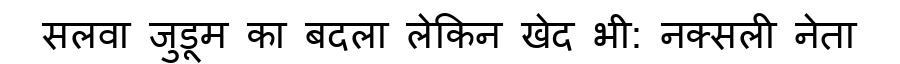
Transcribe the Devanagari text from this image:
सलवा जुडूम का बदला लेकिन खेद भी: नक्सली नेता